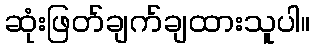
ဆုံးဖြတ်ချက်ချထားသူပါ။